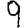
Digit: 9